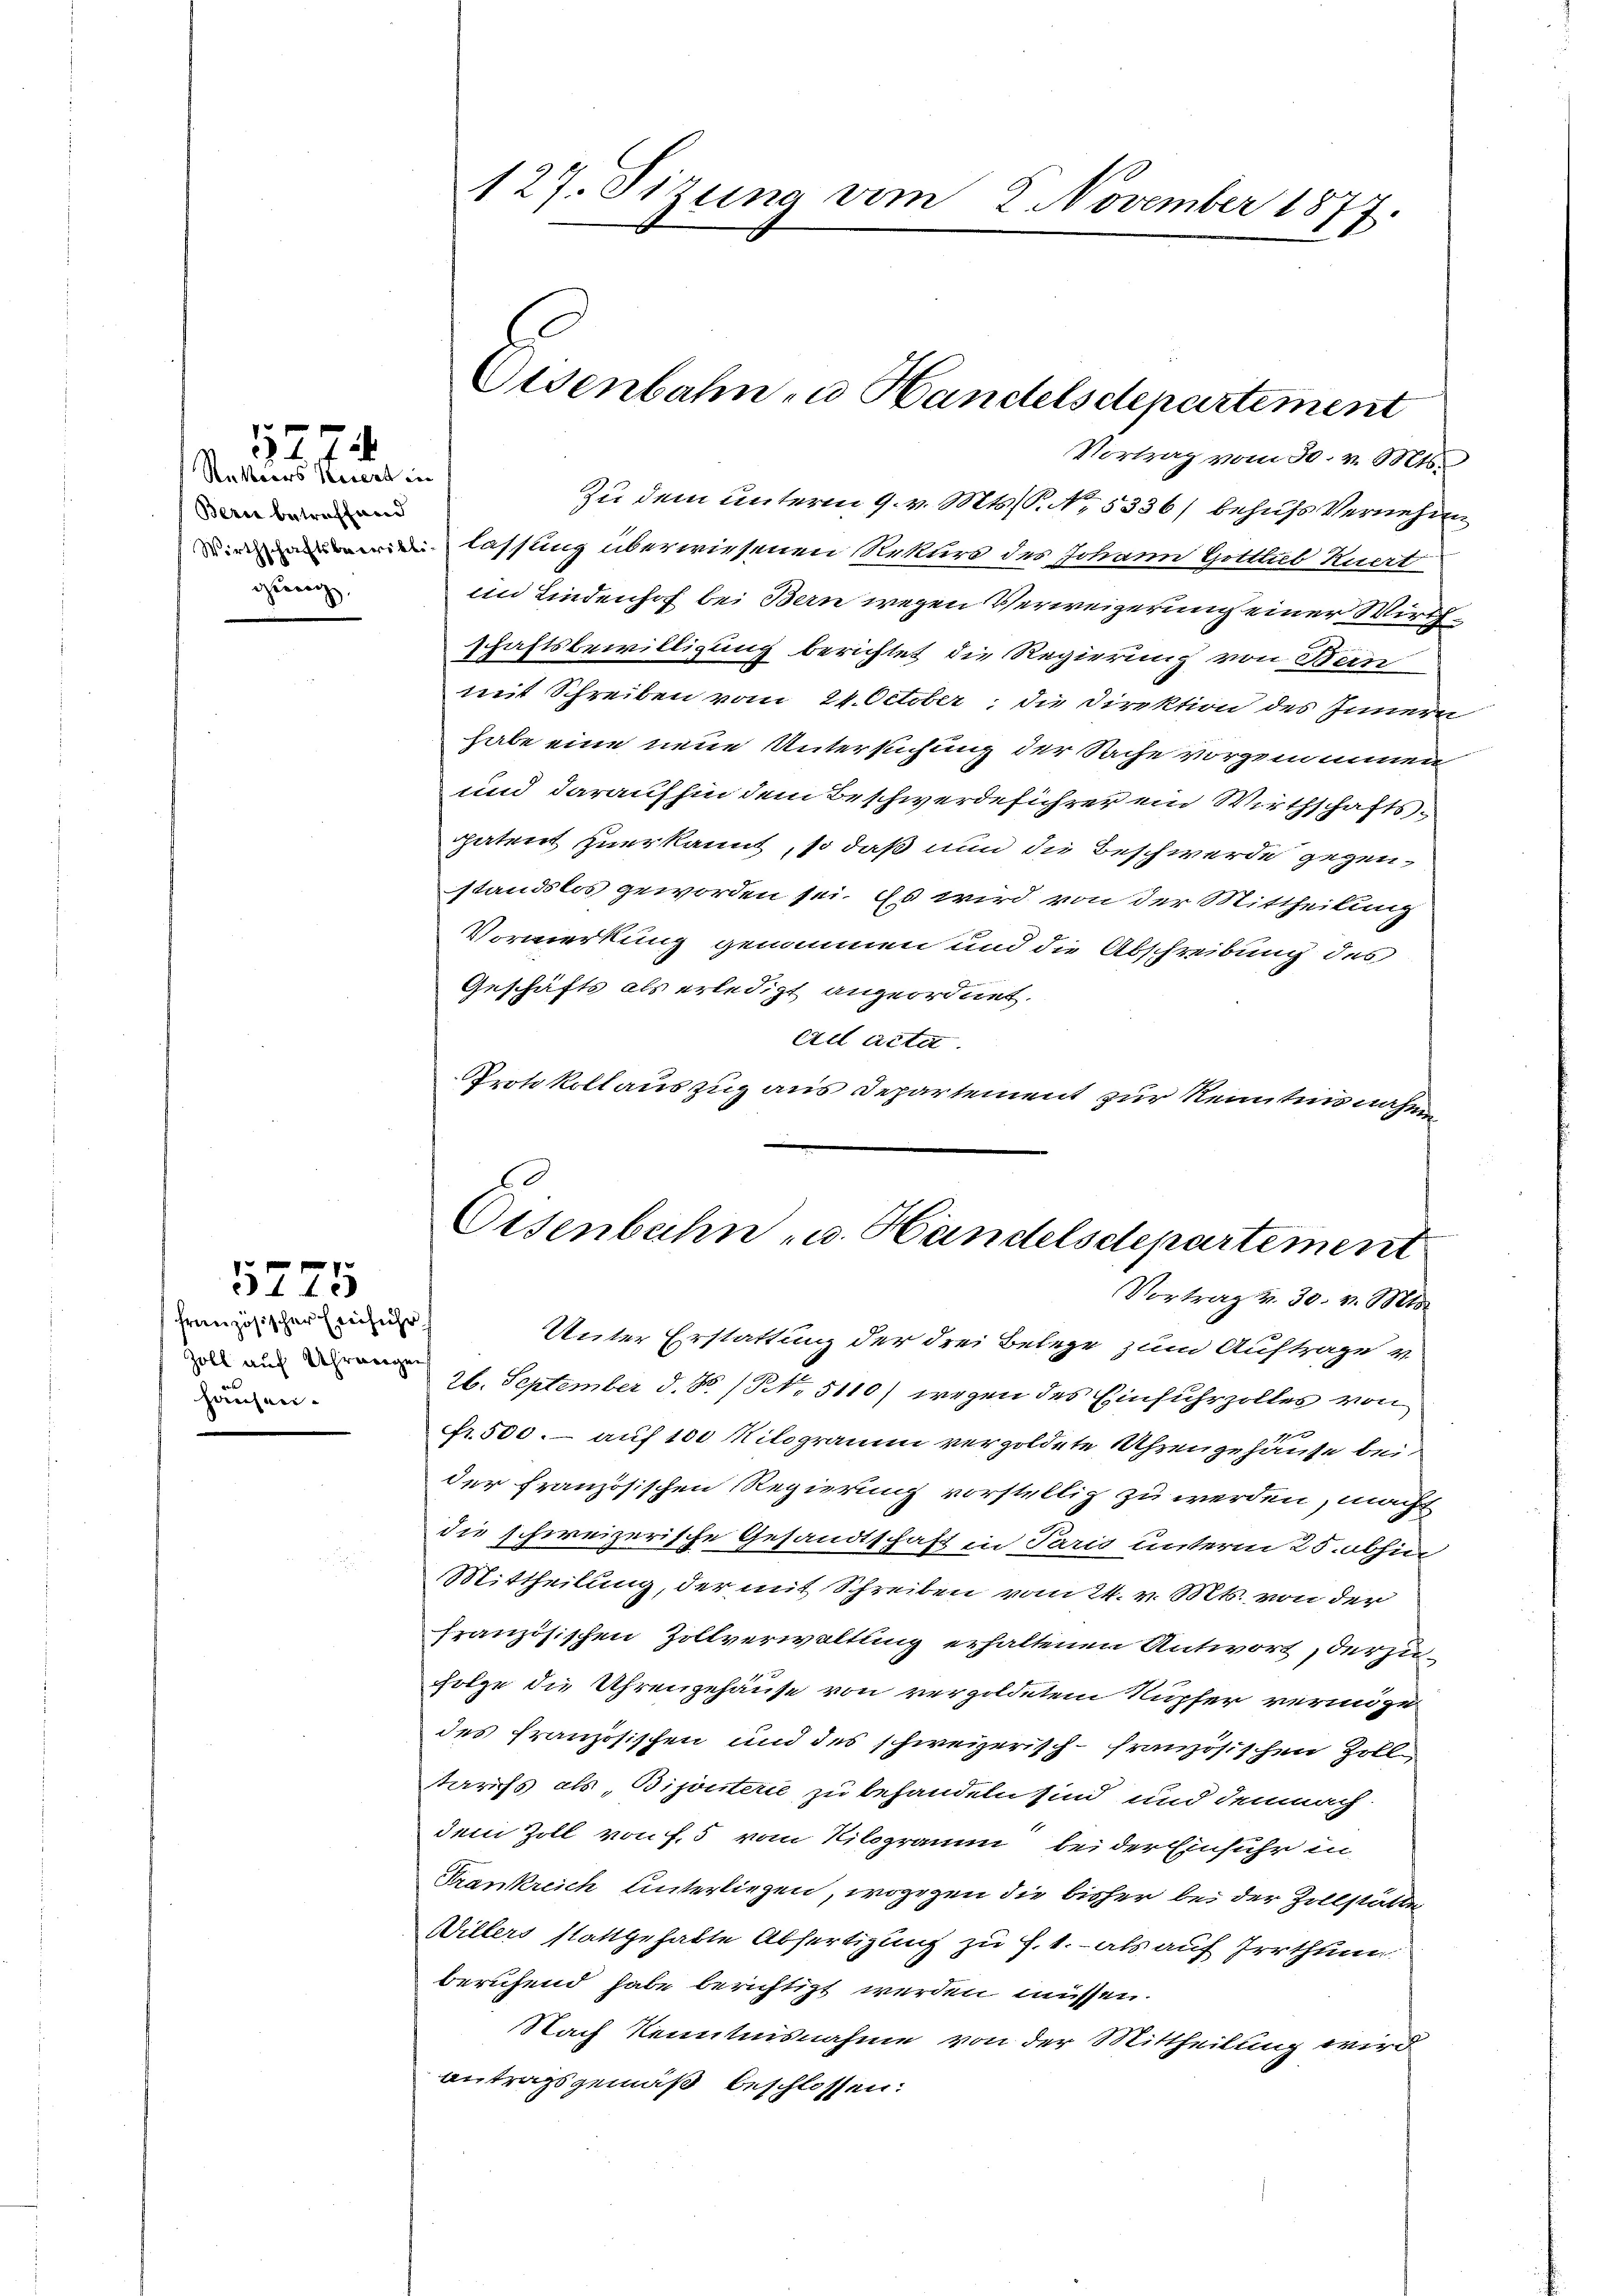
17
Riterers Weiert in
Bern betreffend
gerich,

¬

1275

französischer Einführ
Zoll auf Uhrmorgen
hausen.

Unter Erstattung der drei Belege zum Auftrage v.
26. September d. N. N. 5110) wegen des Einfuhrzolles von
fr. 500.- auf 100 Kilogramm vergoldete Uhrengehäuse bei
der französischen Regierung vorstellig zu werden, macht
die schweizerische Gesandtschaft in Paris unterm 25. abhin
Mittheilung, der mit Schreiben vom 24. v. Mts. von der
französischen Zollverwaltung erhaltenen Antwort, derzu¬
Folge die Uhrengehause von vergoldetem Rupfer vermöge
des französischen und des schweizerisch-französischen Zoll
tarifs als „Bijouterie zu behandeln sind und demnach
dem Zoll von f. 5 vom Kilogramm bei der Einfuhr in
Krankreich Unterliegen, wogegen die bisher bei der Zollstätten
Willers stattgehabte Abfertigung zu f. 1. - als auf Irrthun
beruhend habe berichtigt werden müssen.
Nach Kenntnisnahme von der Mittheilung wird
antragsgemäß beschlossen:

Vortrag vom 30. v. Mts.
Zu dem unterm 9. v. Mts. S. No. 5336/ behufs Vernehme
lassung überwiesenen Rekurs des Johann Gottlob Kuert
im Lindenhof bei Bern wegen Verweigerung einer Wirthschaftsbewilligung berichtet die Regierung von Bein
mit Schreiben vom 24. October; die Direktion des Innern
habe eine neue Untersuchung der Sache vorgenommen
und daraufhin dem Beschwerdeführer ein Wirthschaftsgatent zuerkannt, so daß nun die Beschwerde gegenstandslos geworden sei. Es wird von der Mittheilung
Vormerkung genommen und die Abschreibung des
Geschäfts als erledigt angeordnet.
ad acta.
Protokollauszug aus Departement zur Kenntnis nahen

127. Sizung vom 2. November 1877.

Eisenbahn u Handelsdepartement

Eisenbahn- u. Handelsdepartement
Vortrag v. 30. v. Mts.